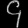
Digit: ၄